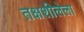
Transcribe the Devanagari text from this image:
तक्षशीलेला